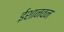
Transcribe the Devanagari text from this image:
ईशानवन